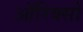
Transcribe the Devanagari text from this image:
ऑरिक्सों